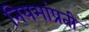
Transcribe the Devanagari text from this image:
नियमांप्रती